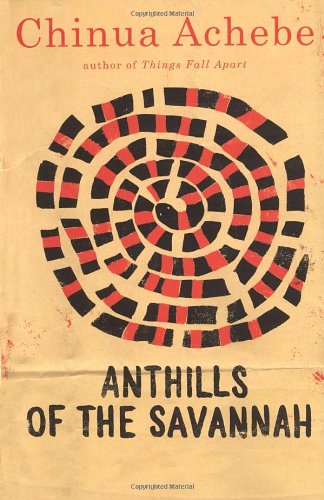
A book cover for Anthills of the Savannah; Chinua Achebe; Literature & Fiction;